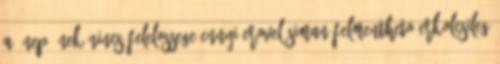
a "nep"-nek nincs felelossege ennyi erovel siman felmentheto erkolcsileg